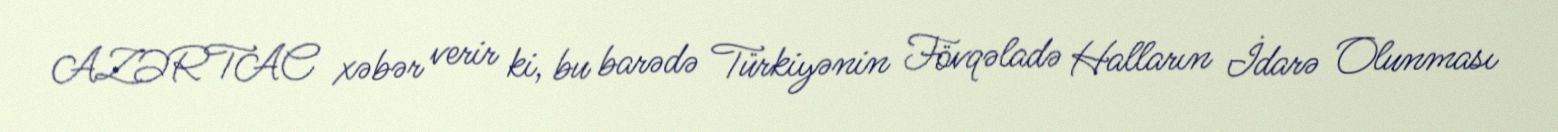
AZƏRTAC xəbər verir ki, bu barədə Türkiyənin Fövqəladə Halların İdarə Olunması